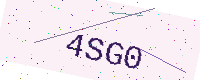
Text: 4SG0